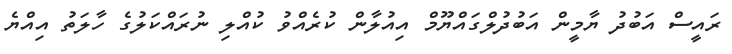
ރައީސް އަބުދު ޔާމީން އަބުދުލްގައްޔޫމް އިއުލާން ކުރެއްވު ކުއްލި ނުރައްކަލުގެ ހާލަތު އިއްޔެ